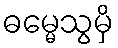
ဓမ္မေသွမှိ